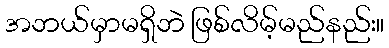
အဘယ်မှာမရှိဘဲ ဖြစ်လိမ့်မည်နည်း။